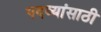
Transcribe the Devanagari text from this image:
पदव्यांसाठी